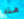
هذه